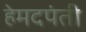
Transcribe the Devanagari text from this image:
हेमदपंती